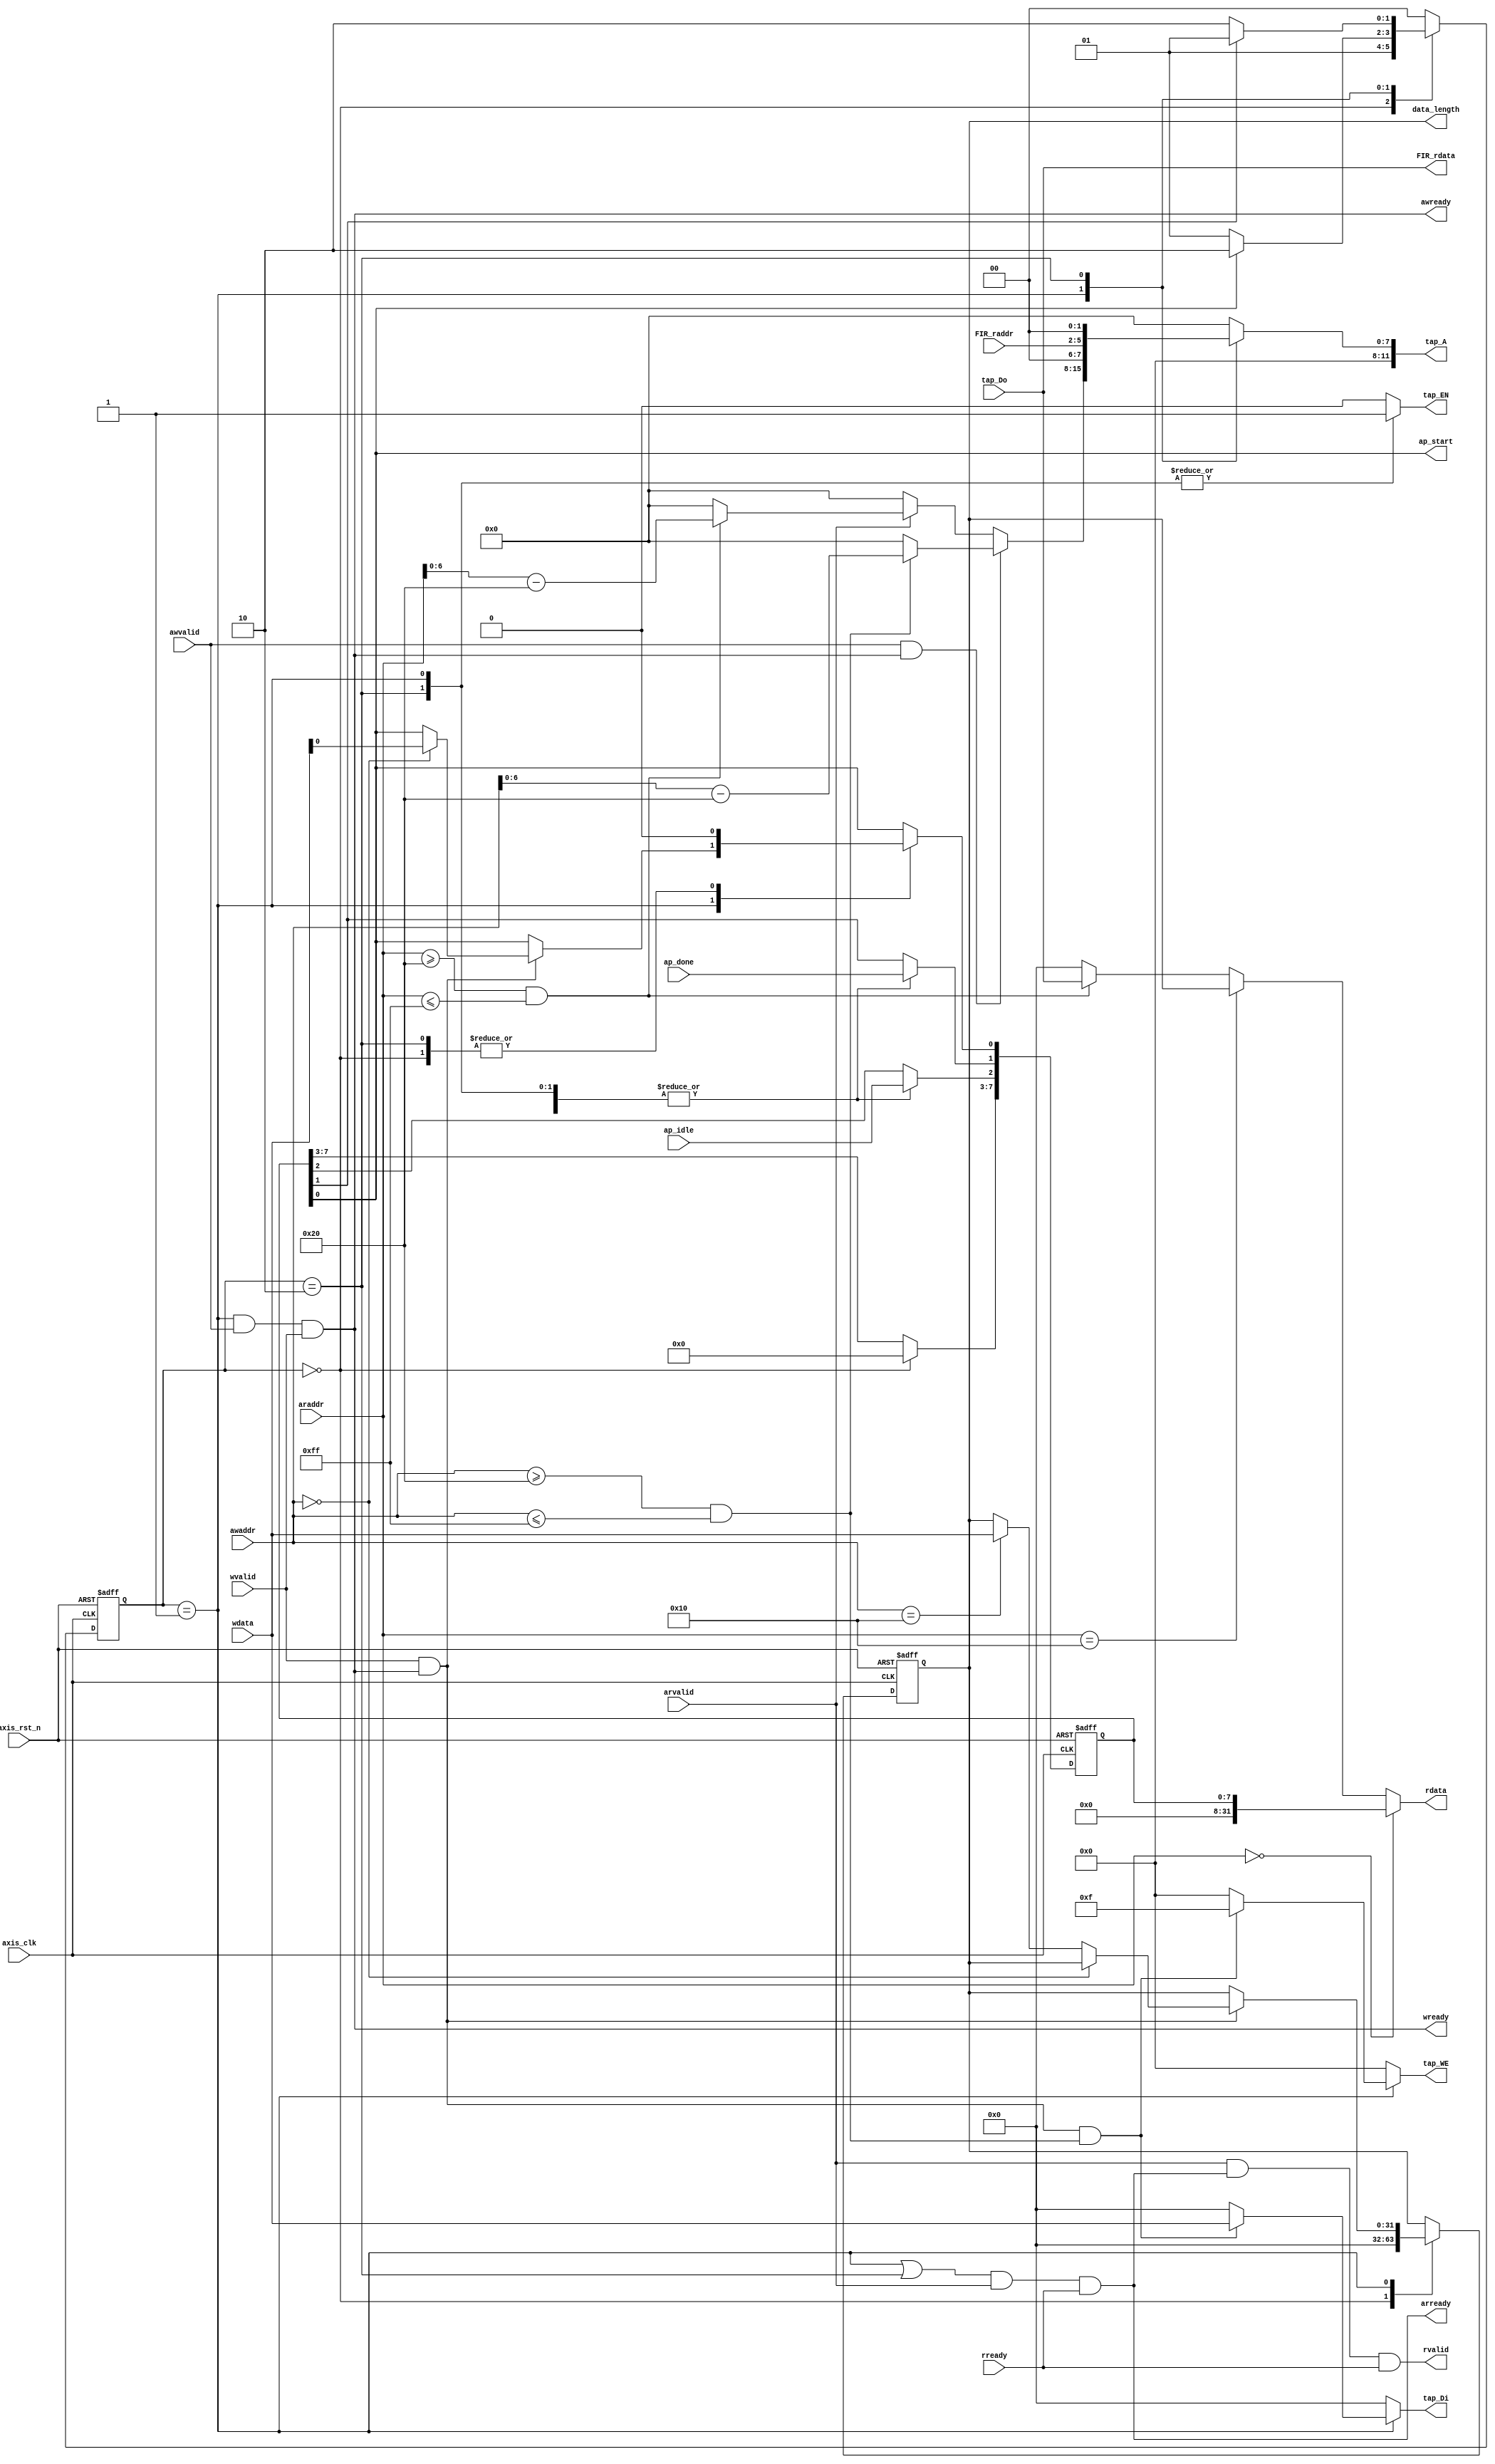
`timescale 1ns / 1ps
//////////////////////////////////////////////////////////////////////////////////
// Company: 
// Engineer: 
// 
// Design Name: 
// Module Name: axilite
// Project Name: 
// Target Devices: 
// Tool Versions: 
// Description: 
// 
// Dependencies: 
// 
// Revision:
// Revision 0.01 - File Created
// Additional Comments:
// 
//////////////////////////////////////////////////////////////////////////////////


module axilite
#(  parameter pADDR_WIDTH = 12,
    parameter pDATA_WIDTH = 32,
    parameter Tape_Num    = 11,
    parameter RAM_ADDR    = log2(Tape_Num)
)
(
    output  wire                     awready,
    output  wire                     wready,
    input   wire                     awvalid,
    input   wire [(pADDR_WIDTH-1):0] awaddr,
    input   wire                     wvalid,
    input   wire [(pDATA_WIDTH-1):0] wdata,
    output  wire                     arready,
    input   wire                     rready,
    input   wire                     arvalid,
    input   wire [(pADDR_WIDTH-1):0] araddr,
    output  wire                     rvalid,
    output  wire [(pDATA_WIDTH-1):0] rdata,

    output  wire [3:0]               tap_WE,
    output  wire                     tap_EN,
    output  wire [(pDATA_WIDTH-1):0] tap_Di,
    output  wire [(pADDR_WIDTH-1):0] tap_A,
    input   wire [(pDATA_WIDTH-1):0] tap_Do,

    output wire                      ap_start,
    input  wire                      ap_idle,
    input  wire                      ap_done,
    output wire  [(pDATA_WIDTH-1):0] data_length,

    input  wire     [(RAM_ADDR-1):0] FIR_raddr,
    output wire  [(pDATA_WIDTH-1):0] FIR_rdata,

    input   wire                     axis_clk,
    input   wire                     axis_rst_n
);
    wire aw_hs;
    wire w_hs;
    wire ar_hs;
    wire r_hs;

    reg rvalid_reg;
    reg arready_reg;
    reg [(pDATA_WIDTH-1):0] rdata_reg;

    reg [3:0]           tap_WE_reg;
    reg                 tap_EN_reg;
    reg [(pADDR_WIDTH-1):0] tap_A_reg;
    reg [(pDATA_WIDTH-1):0] tap_Di_reg;

    reg [(pDATA_WIDTH-1):0] data_length_reg;
    reg               [7:0] ap_control;

    reg [1:0] state;
    reg [1:0] next_state;
    localparam
    IDLE = 2'b00,
    WAIT = 2'b01,
    CAL  = 2'b10;

    always@(posedge axis_clk or negedge axis_rst_n) begin
        if(~axis_rst_n) begin
            state <= IDLE;
        end
        else begin
            state <= next_state;
        end
    end


    always@* begin
        case(state)
            IDLE: begin
                tap_Di_reg  = 0;
            end
            WAIT: begin
                if (w_hs & (awaddr >= 12'h020 & awaddr <= 12'h0FF)) begin
                    tap_Di_reg = wdata;
                end
                else begin
                    tap_Di_reg  = 0;
                end
            end
            CAL: begin
                tap_Di_reg  = 0;
            end
            default: begin
                tap_Di_reg  = 0;
            end
        endcase
    end


    always@(posedge axis_clk or negedge axis_rst_n) begin
        if (~axis_rst_n) begin
            ap_control <= 8'b0;
            data_length_reg <= 32'b0;
        end
        else begin
            case(state)
                IDLE: begin
                    ap_control <= {5'b0,ap_idle,ap_done,1'b0};
                    data_length_reg <= 32'b0;
                end
                WAIT: begin
                    ap_control[1] <= ap_done;
                    ap_control[2] <= ap_idle;
                    if (w_hs) begin
                        if (awaddr == 12'h000) begin
                            ap_control[0] <= wdata[0];
                        end
                        else if (awaddr == 12'h010) begin
                            data_length_reg <= wdata;
                        end
                        else begin
                            ap_control[0]  <= ap_control[0];
                            data_length_reg <= data_length_reg;
                        end
                    end
                    else begin
                        ap_control[0]  <= ap_control[0];
                        data_length_reg <= data_length_reg;
                    end
                end
                CAL: begin
                    ap_control[0] <= 0;
                    ap_control[1] <= ap_done;
                    ap_control[2] <= ap_idle;
                    data_length_reg <= data_length_reg;
                end
            endcase
        end
    end

    always@* begin
        case(state)
            IDLE: begin
                tap_A_reg = 0;
            end
            WAIT: begin
                if (aw_hs) begin
                    if ((awaddr >= 12'h020 & awaddr <= 12'h0FF)) begin
                        tap_A_reg =  {4'b0,awaddr[0+:7]-8'h20};
                    end
                    else begin
                        tap_A_reg = 0;
                    end
                end
                else if (arvalid) begin
                    if ((araddr >= 12'h020 & araddr <= 12'h0FF)) begin
                        tap_A_reg = {4'b0,araddr[0+:7]-8'h20};
                    end
                    else begin
                        tap_A_reg = 0;
                    end
                end
                else begin
                    tap_A_reg = 0;
                end
            end
            CAL: begin
                tap_A_reg = {6'b0,FIR_raddr[3:0],2'b00};
            end
            default: begin
                tap_A_reg = 0;
            end
        endcase
    end

    always@* begin
        if (araddr == 12'h000) begin
            rdata_reg = ap_control;
        end
        else if (araddr == 12'h010) begin
            rdata_reg = data_length;
        end
        else if (araddr >= 12'h020 & araddr <= 12'h0FF) begin
            rdata_reg = tap_Do;
        end
        else begin
            rdata_reg = 0;
        end
    end

    always@* begin
        case (state)
            IDLE: begin
                tap_WE_reg = 4'b0000;
                tap_EN_reg = 0;
            end
            WAIT: begin
                if (w_hs & (awaddr >= 12'h020 & awaddr <= 12'h0FF)) begin
                    tap_WE_reg = 4'b1111;
                end
                else begin
                    tap_WE_reg = 4'b0000;
                end
                tap_EN_reg = 1;
            end
            CAL: begin
                tap_WE_reg = 4'b0000;
                tap_EN_reg = 1;
            end
            default: begin
                tap_WE_reg = 4'b0000;
                tap_EN_reg = 0;
            end
        endcase
    end

    always@* begin
        case (state)
            IDLE: begin
                next_state = WAIT;
            end
            WAIT: begin
                if (ap_control[0]) begin
                    next_state = CAL;
                end
                else begin
                    next_state = WAIT;
                end
            end
            CAL: begin
                if (ap_control[1]) begin
                    next_state = WAIT;
                end
                else begin
                    next_state = CAL;
                end
            end
            default: begin
                next_state = IDLE;
            end
        endcase
    end

    always@* begin
        rvalid_reg <= (ar_hs & rready);
    end


//    always@(posedge axis_clk or negedge axis_rst_n) begin
//        if (~axis_rst_n)
//            rvalid_reg <= 0;
//        else
//            rvalid_reg <= (ar_hs & rready);
//    end

    assign awready = ((state == WAIT) & awvalid & wvalid);
    assign wready  = ((state == WAIT) & awvalid & wvalid);
    assign aw_hs = awvalid & awready;
    assign w_hs  = wvalid  & wready;

    assign arready = ((state == WAIT | state == CAL) & arvalid & rready);
    assign rvalid  = rvalid_reg;
    assign ar_hs = arvalid & arready;
    assign r_hs  = rvalid  & rready;
    assign rdata  = rdata_reg;

    assign data_length = data_length_reg;

    assign tap_EN = tap_EN_reg;
    assign tap_WE = tap_WE_reg;
    assign tap_Di = tap_Di_reg;
    assign tap_A  = tap_A_reg;

    assign ap_start = ap_control[0];
    assign FIR_rdata = tap_Do;

    function integer log2;
        input integer x;
        integer n, m;
        begin
            n = 1;
            m = 2;
            while (m < x) begin
                n = n + 1;
                m = m * 2;
            end
            log2 = n;
        end
    endfunction
endmodule